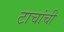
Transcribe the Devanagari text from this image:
टाचांची